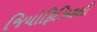
જિયોફિઝિકલી